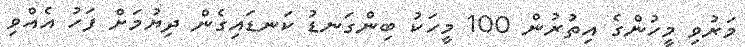
މަރުވި މީހުންގެ އިތުރުން 100 މީހަކު ބިންގަނޑު ކަނޑައިގެން ދިޔުމަށް ފަހު އެއްވި